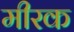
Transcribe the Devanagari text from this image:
मीरक